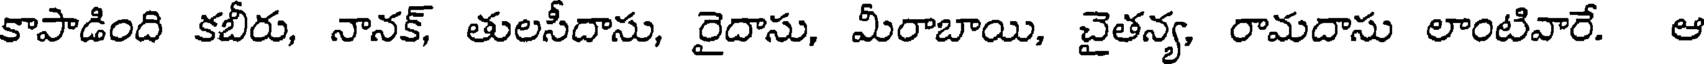
కాపాడింది కబీరు, నానక్, తులసీదాసు, రైదాసు, మీరాబాయి, చైతన్య, రామదాసు లాంటివారే. ఆ